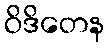
ဝိဒိတေန